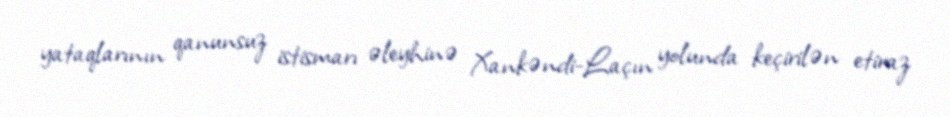
yataqlarının qanunsuz istismarı əleyhinə Xankəndi-Laçın yolunda keçirilən etiraz